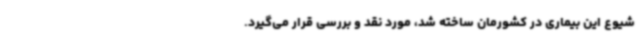
شیوع این بیماری در کشورمان ساخته شد، مورد نقد و بررسی قرار می‌گیرد.